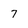
Character: 7